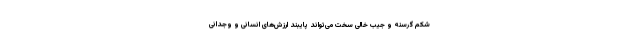
شکم گرسنه و جیب خالی سخت می‌تواند پایبند ارزش‌های انسانی و وجدانی